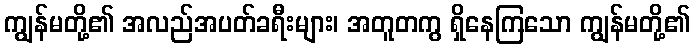
ကျွန်မတို့၏ အလည်အပတ်ခရီးများ၊ အတူတကွ ရှိနေကြသော ကျွန်မတို့၏